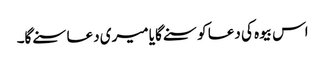
اس بیوہ کی دعا کو سنے گا یا میری دعا سنے گا۔